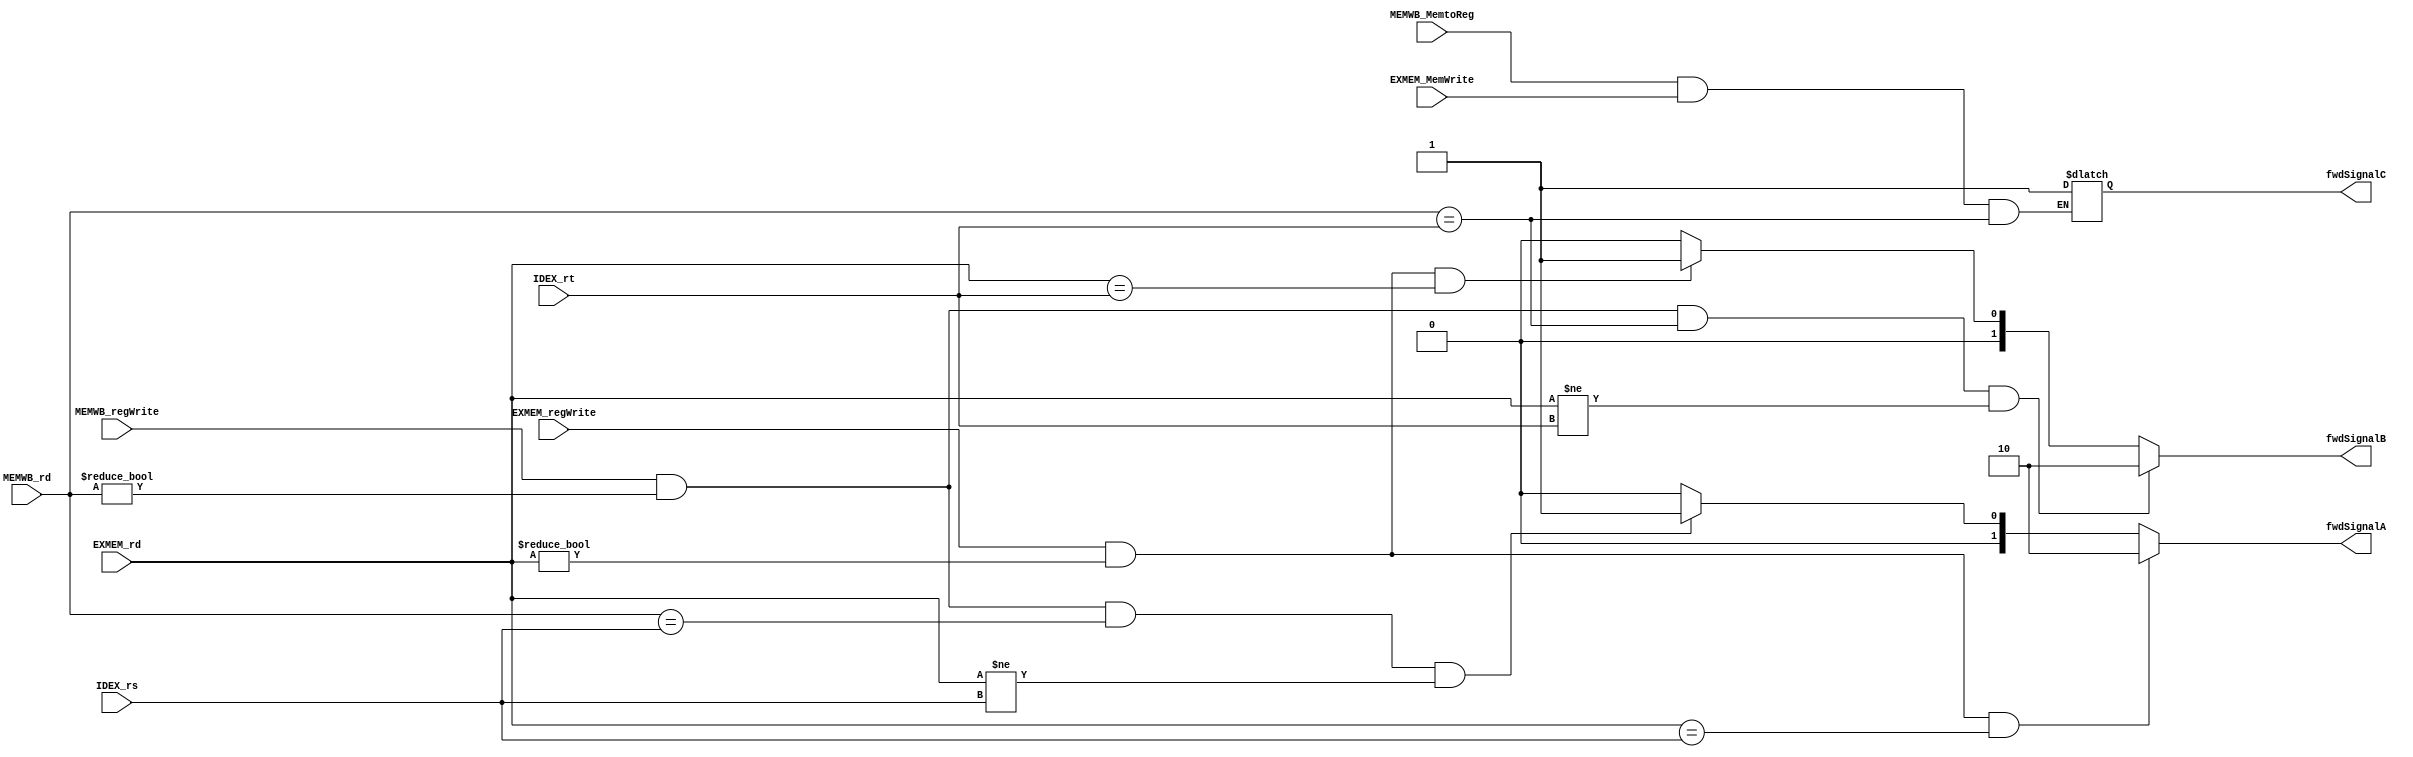
module Fowarding(
  input [4:0] IDEX_rt, IDEX_rs, EXMEM_rd, MEMWB_rd,
  input  EXMEM_regWrite, MEMWB_regWrite, MEMWB_MemtoReg, EXMEM_MemWrite,
  output reg [1:0] fwdSignalA, fwdSignalB,
  output reg fwdSignalC
  );

  always@(EXMEM_regWrite or EXMEM_rd or IDEX_rs or MEMWB_regWrite or MEMWB_rd)
   begin
      if(EXMEM_regWrite && (EXMEM_rd != 0) && (EXMEM_rd == IDEX_rs))
         fwdSignalA = 2'b10;
      else if(MEMWB_regWrite && (MEMWB_rd != 0) && (MEMWB_rd == IDEX_rs) && (EXMEM_rd != IDEX_rs))
         fwdSignalA = 2'b01;
      else
         fwdSignalA = 2'b00;
   end

   //Forward B
   always@(MEMWB_regWrite or MEMWB_rd or IDEX_rt or EXMEM_rd or EXMEM_regWrite)
   begin
      if(MEMWB_regWrite && (MEMWB_rd != 0) && (MEMWB_rd == IDEX_rt) && (EXMEM_rd != IDEX_rt))
         fwdSignalB = 2'b10;
      else if(EXMEM_regWrite && (EXMEM_rd != 0) && (EXMEM_rd == IDEX_rt))
         fwdSignalB = 2'b01;
      else
         fwdSignalB = 2'b00;
   end

   //Forward C
   always @ (MEMWB_MemtoReg) begin
     if (MEMWB_MemtoReg && EXMEM_MemWrite && MEMWB_rd == IDEX_rt)
        fwdSignalC = 1;
   end
endmodule